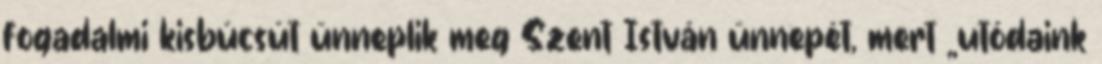
fogadalmi kisbúcsút ünneplik meg Szent István ünnepét, mert „utódaink